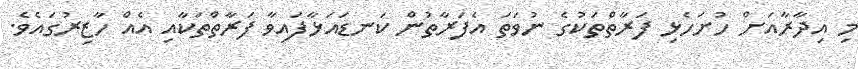
މި އިދާރާއަށް ހުށަހެޅި ފަރާތްތަކުގެ ނުވަތަ އެފަރާތުން ކަނޑައަޅާފައިވާ ފަރާތްތަކާއި އެއް ހާޒިރުގައެވެ.